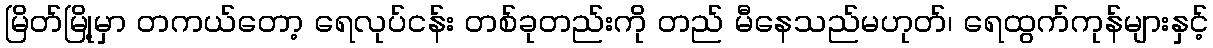
မြိတ်မြို့မှာ တကယ်တော့ ရေလုပ်ငန်း တစ်ခုတည်းကို တည် မီနေသည်မဟုတ်၊ ရေထွက်ကုန်များနှင့်